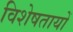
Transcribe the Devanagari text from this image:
विशेषतायों